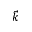
\vec { k }